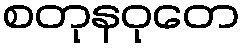
စတုနဝုတေ